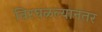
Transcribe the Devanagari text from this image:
विरघळल्यानंतर